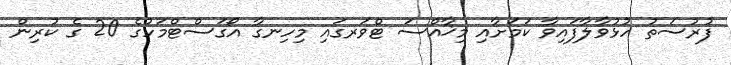
ފުރުސަތު ހުޅުވާލާފައިވާ ކަމަށާއި މިޚާއްސަ ޓްވަރގައި މިހިނގާ އޯގަސްޓްމަހުގެ 20 ގެ ކުރިން